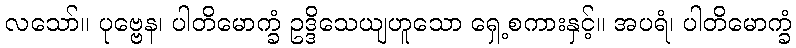
လသော်။ ပုဗ္ဗေန၊ ပါတိမောက္ခံ ဥဒ္ဒိသေယျဟူသော ရှေ့စကားနှင့်။ အပရံ၊ ပါတိမောက္ခံ